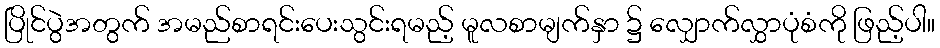
ပြိုင်ပွဲအတွက် အမည်စာရင်းပေးသွင်းရမည့် မူလစာမျက်နှာ ၌ လျှောက်လွှာပုံစံကို ဖြည့်ပါ။